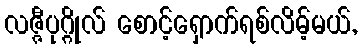
လဇ္ဇီပုဂ္ဂိုလ် စောင့်ရှောက်ရစ်လိမ့်မယ်,